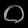
Digit: ၀